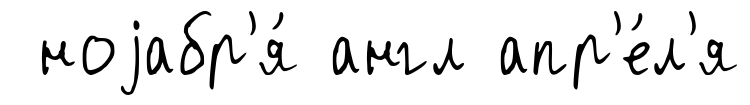
ноjабр'я́ англ апр'е́л'я